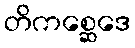
တိကစ္ဆေဒေ